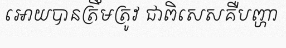
អោយបានត្រឹមត្រូវ ជាពិសេសគឺបញ្ហា